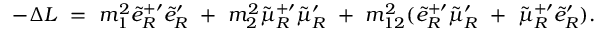
- \Delta { \cal L } ~ = ~ m _ { 1 } ^ { 2 } \tilde { e } _ { R } ^ { + \prime } \tilde { e } _ { R } ^ { \prime } ~ + ~ m _ { 2 } ^ { 2 } \tilde { \mu } _ { R } ^ { + \prime } \tilde { \mu } _ { R } ^ { \prime } ~ + ~ m _ { 1 2 } ^ { 2 } ( \tilde { e } _ { R } ^ { + \prime } \tilde { \mu } _ { R } ^ { \prime } ~ + ~ \tilde { \mu } _ { R } ^ { + \prime } \tilde { e } _ { R } ^ { \prime } ) .